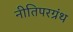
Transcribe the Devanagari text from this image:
नीतिपरग्रंथ